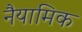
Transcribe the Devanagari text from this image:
नैयामिक